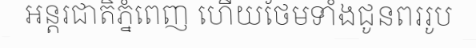
អន្តរជាតិភ្នំពេញ ហើយថែមទាំងជូនពររូប